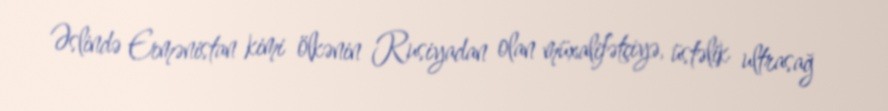
Əslində Ermənistan kimi ölkənin Rusiyadan olan müxalifətçiyə, üstəlik ultrasağ